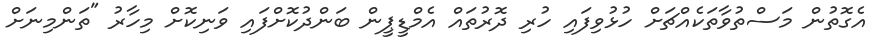
އެގޮތުން މަސްތުވާތަކެއްޗަށް ހުޅުވިފައި ހުރި ދޮރުތައް އެމްޑީޕީން ބަންދުކޮށްފައި ވަނިކޮށް މިހާރު "ތަންމިނަށް